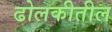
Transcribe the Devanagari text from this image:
ढोलकीतील